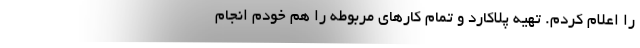
را اعلام کردم. تهیه پلاکارد و تمام کارهای مربوطه را هم خودم انجام